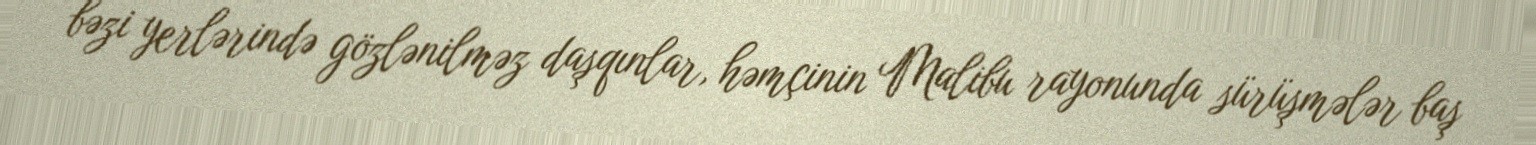
bəzi yerlərində gözlənilməz daşqınlar, həmçinin Malibu rayonunda sürüşmələr baş